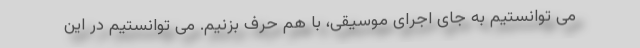
می توانستیم به جای اجرای موسیقی، با هم حرف بزنیم. می توانستیم در این